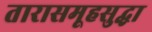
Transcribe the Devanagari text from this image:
तारासमूहसुद्धा